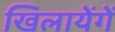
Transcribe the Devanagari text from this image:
खिलायेंगें